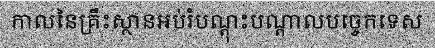
កាលនៃគ្រឹះស្ថានអប់រំបណ្តុះបណ្តាលបច្ចេកទេស